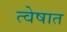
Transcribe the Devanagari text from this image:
त्वेषात